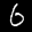
Label: 6